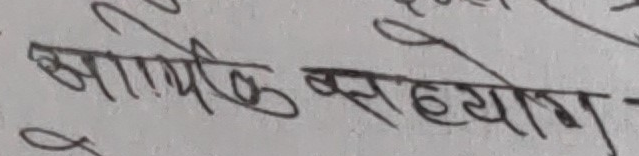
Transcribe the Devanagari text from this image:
आर्थिक सहयोग